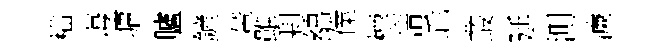
横诲墉臚鏟輦雖剰綿㒒標淸乖叢延測濓